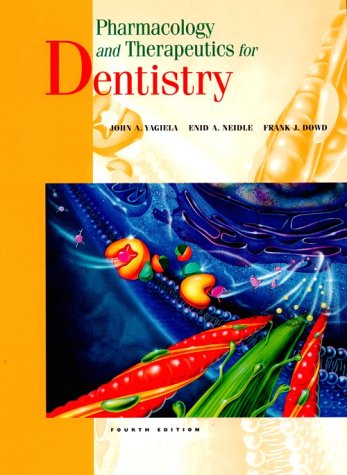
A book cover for Pharmacology and Therapeutics for Dentistry, 4e (Pharmacology & Therapeutics for Dentistry); John A. Yagiela DDS  PhD; Medical Books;